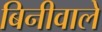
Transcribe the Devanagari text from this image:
बिनीवाले